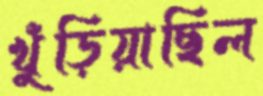
খুঁড়িয়াছিল